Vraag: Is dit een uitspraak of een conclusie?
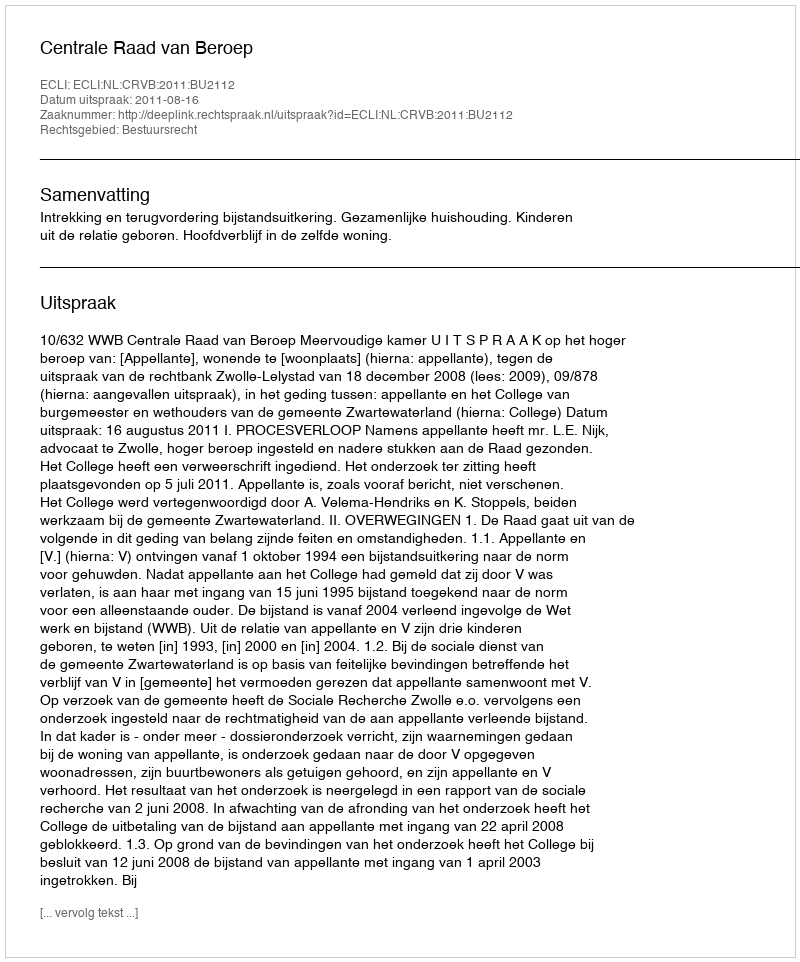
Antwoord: Uitspraak